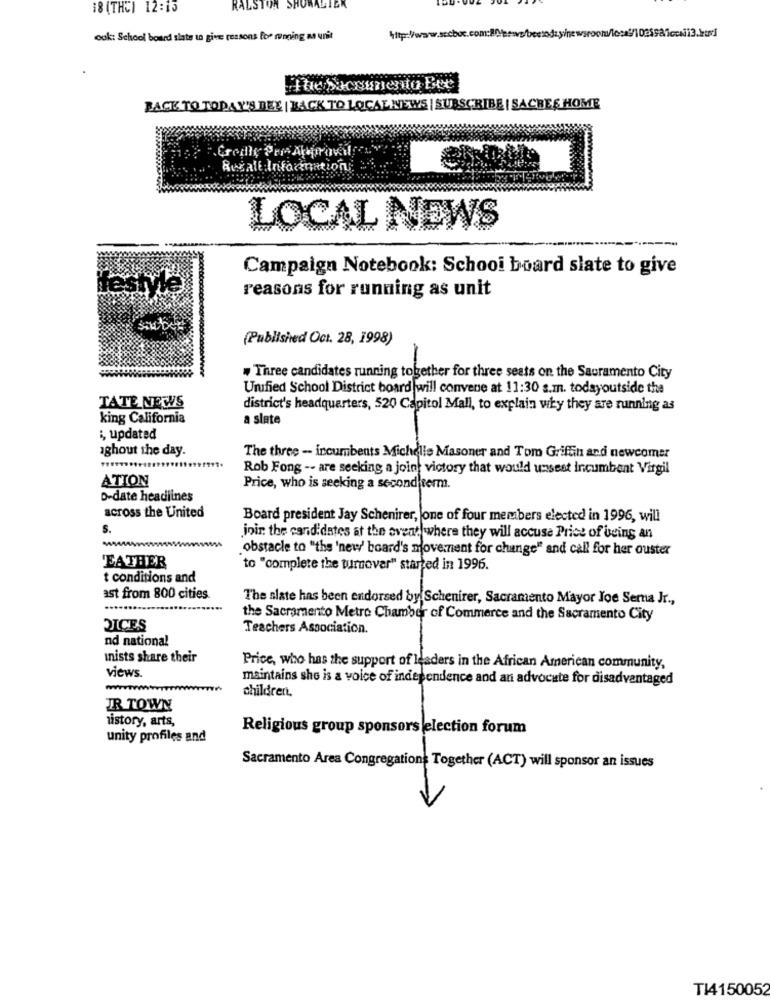
18 (THC) 12:15
RALSTON SHOWALTER
ook: School board slate to give ressons for running as unit
The Sacaumento Eve
BACK TO TODAY'S DEE | BACK TO LOCALNEWS | SUBSCRIBE | SACRES HOME
Queall Information
LOCAL NEWS
Campaign Notebook: Schooi board slate to give
reasons for running as unit
(Published Oct. 28, 1998)
-
. Three candidates running together for three seats on the Sacramento City
Unified School District board will convene at 11:30 s.m. todayoutside the
TATE NEWS
district's headquarters, 520 Capitol Mall, to explain why they are running as
king California
a slate
i, updated
ighout the day.
The three - incumbents Michelle Masoner and Tom Griffin and newcomer
Rob Fong -- are seeking a joint victory that would unsest incumbent Virgil
ATION
Price, who is seeking a second term.
D-date headlines
across the United
Board president Jay Schenirer, one of four members elected in 1996, will
S.
join the candidates at the event where they will accuse Price of being an
obstacle to "the 'new' board's movement for change" and call for her ouster
EATHER
to "complete the turnover" started in 1996.
t conditions and
ast from 800 cities.
The slate has been endorsed by Schenirer, Sacramento Mayor Joe Sema Jr .,
the Sacramento Metro Chamber of Commerce and the Sacramento City
DICES
Teachers Association.
nd national
Inists share their
views.
Price, who has the support of leaders in the African American community,
maintains she is a voice of independence and an advocate for disadvantaged
childrent.
IR TOWN
history, arts,
Religious group sponsors election forum
unity profiles and
Sacramento Area Congregations Together (ACT) will sponsor an issues
TI4150052